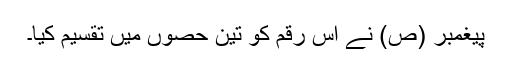
پیغمبر (ص) نے اس رقم کو تین حصوں میں تقسیم کیا۔